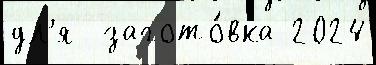
дл'я  загото́вка 2024